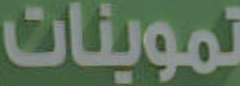
تموينات